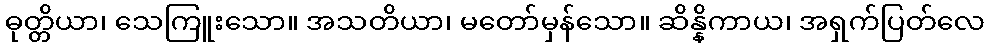
ဓုတ္တိယာ၊ သေကြူးသော။ အသတိယာ၊ မတော်မှန်သော။ ဆိန္နိကာယ၊ အရှက်ပြတ်လေ